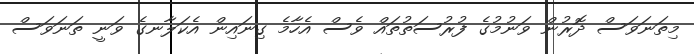
މިތަނަވަސް ދޮރުން ވަނުމުގެ ފުރުސަތުތައް ވެސް އެހާމެ ގިނައިން އެކަލާނގެ ވަނީ ތަނަވަސް